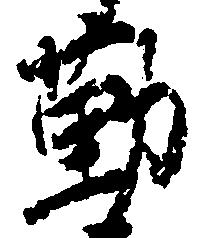
勤